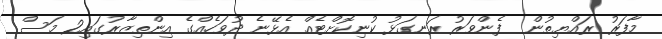
މާފަރު ރައްޔިތުން  ފެންވަރު ރަނގަޅު ކުނިކޮށްޓެއް އެޅޭނެ ދުވަހެއްގެ އިންތިޒާރުގައި2 މަސް